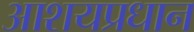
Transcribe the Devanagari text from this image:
आशयप्रधान